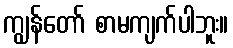
ကျွန်တော် စာမကျက်ပါဘူး။